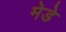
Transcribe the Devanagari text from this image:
मेडे